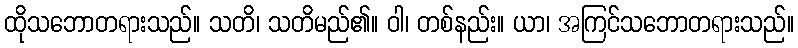
ထိုသဘောတရားသည်။ သတိ၊ သတိမည်၏။ ဝါ၊ တစ်နည်း။ ယာ၊ အကြင်သဘောတရားသည်။